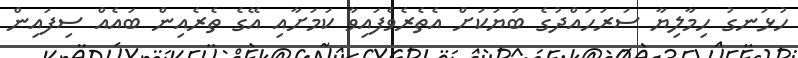
ހުޅަނގު ހިމާލިޔާ ސަރަހައްދުގެ ބަޔަކަށް އެތެރެވެފައިވާ ކަމަށާއި އޭގެ ތެރެއިން ބައެއް ސިފައިން